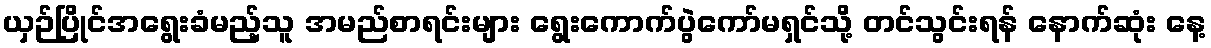
ယှဉ်ပြိုင်အရွေးခံမည့်သူ အမည်စာရင်းများ ရွေးကောက်ပွဲကော်မရှင်သို့ တင်သွင်းရန် နောက်ဆုံး နေ့